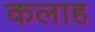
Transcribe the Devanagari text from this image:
कलाह